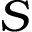
S